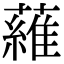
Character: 𬞼